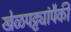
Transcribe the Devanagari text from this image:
खेळपट्ट्यांपैकी